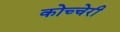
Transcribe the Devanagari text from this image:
कोच्चेरी